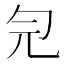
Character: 𠣑